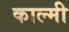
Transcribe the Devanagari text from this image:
काल्मी